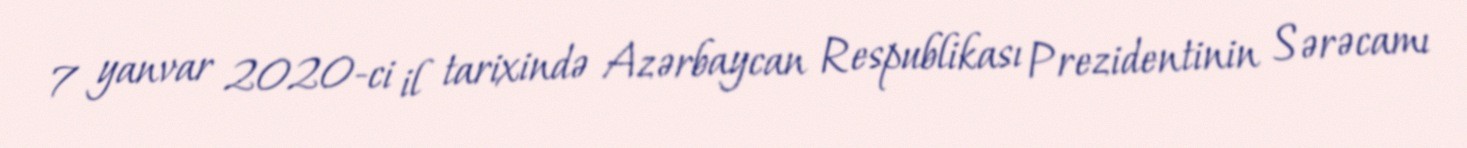
7 yanvar 2020-ci il tarixində Azərbaycan Respublikası Prezidentinin Sərəcamı